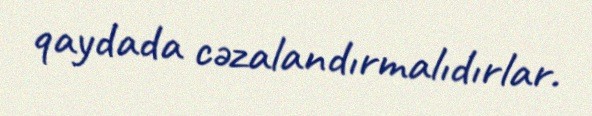
qaydada cəzalandırmalıdırlar.